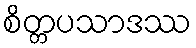
စိတ္တပသာဒဿ